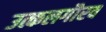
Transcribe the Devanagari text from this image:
उत्कलगौरव